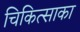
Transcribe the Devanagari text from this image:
चिकित्साका